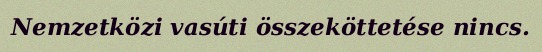
Nemzetközi vasúti összeköttetése nincs.